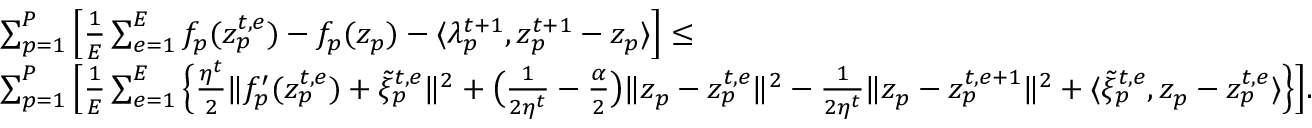
\begin{array} { r l } & { \sum _ { p = 1 } ^ { P } \Big [ \frac { 1 } { E } \sum _ { e = 1 } ^ { E } f _ { p } ( z _ { p } ^ { t , e } ) - f _ { p } ( z _ { p } ) - \langle \lambda _ { p } ^ { t + 1 } , z _ { p } ^ { t + 1 } - z _ { p } \rangle \Big ] \leq } \\ & { \sum _ { p = 1 } ^ { P } \Big [ \frac { 1 } { E } \sum _ { e = 1 } ^ { E } \Big \{ \frac { \eta ^ { t } } { 2 } \| f _ { p } ^ { \prime } ( z _ { p } ^ { t , e } ) + \tilde { \xi } _ { p } ^ { t , e } \| ^ { 2 } + \big ( \frac { 1 } { 2 \eta ^ { t } } - \frac { \alpha } { 2 } \big ) \| z _ { p } - z _ { p } ^ { t , e } \| ^ { 2 } - \frac { 1 } { 2 \eta ^ { t } } \| z _ { p } - z _ { p } ^ { t , e + 1 } \| ^ { 2 } + \langle \tilde { \xi } _ { p } ^ { t , e } , z _ { p } - z _ { p } ^ { t , e } \rangle \Big \} \Big ] . } \end{array}